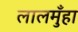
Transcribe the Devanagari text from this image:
लालमुँहा